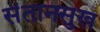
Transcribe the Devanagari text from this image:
संतानसुख